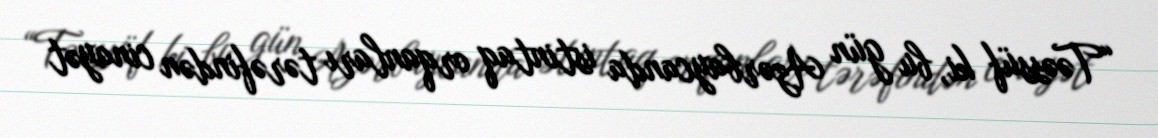
“Təəssüf ki, bu gün Azərbaycanda istintaq orqanları tərəfindən cinayət